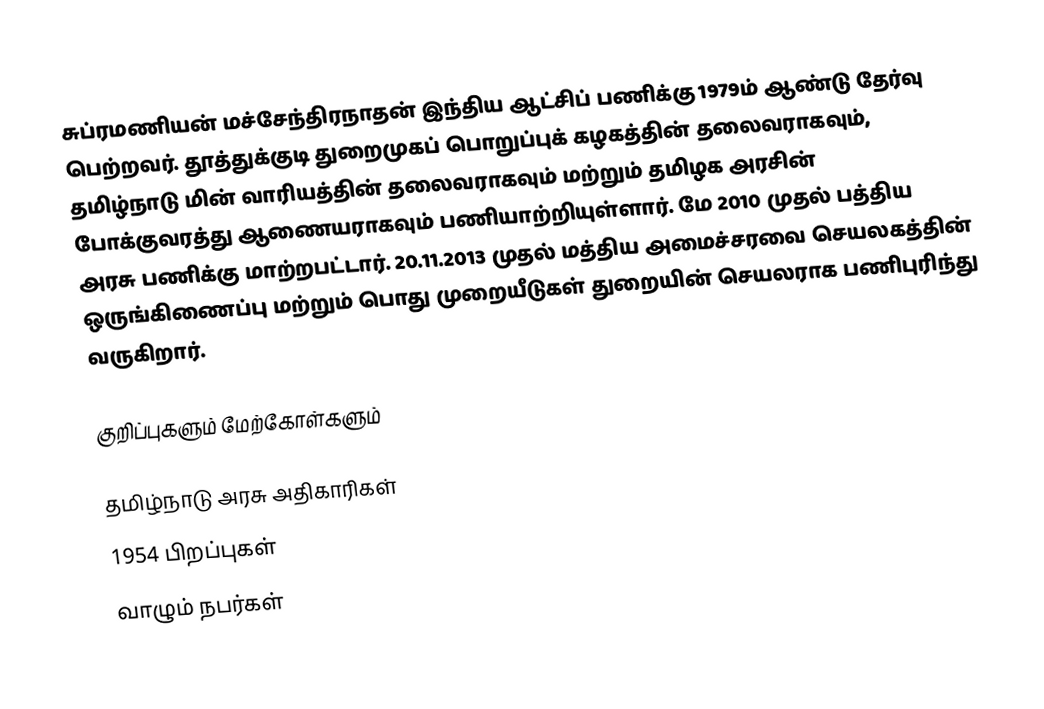
சுப்ரமணியன் மச்சேந்திரநாதன் இந்திய ஆட்சிப் பணிக்கு 1979ம் ஆண்டு தேர்வு பெற்றவர். தூத்துக்குடி துறைமுகப் பொறுப்புக் கழகத்தின் தலைவராகவும், தமிழ்நாடு மின் வாரியத்தின் தலைவராகவும் மற்றும் தமிழக அரசின் போக்குவரத்து ஆணையராகவும் பணியாற்றியுள்ளார். மே 2010 முதல் பத்திய அரசு பணிக்கு மாற்றபட்டார். 20.11.2013 முதல் மத்திய அமைச்சரவை செயலகத்தின் ஒருங்கிணைப்பு மற்றும் பொது முறையீடுகள் துறையின் செயலராக பணிபுரிந்து வருகிறார்.

குறிப்புகளும் மேற்கோள்களும்

தமிழ்நாடு அரசு அதிகாரிகள்
1954 பிறப்புகள்
வாழும் நபர்கள்